342_HS1-416511228_319.1 Flying Discs 1949
Agency: Department of War
Incident date: 1/9/50
Page 134
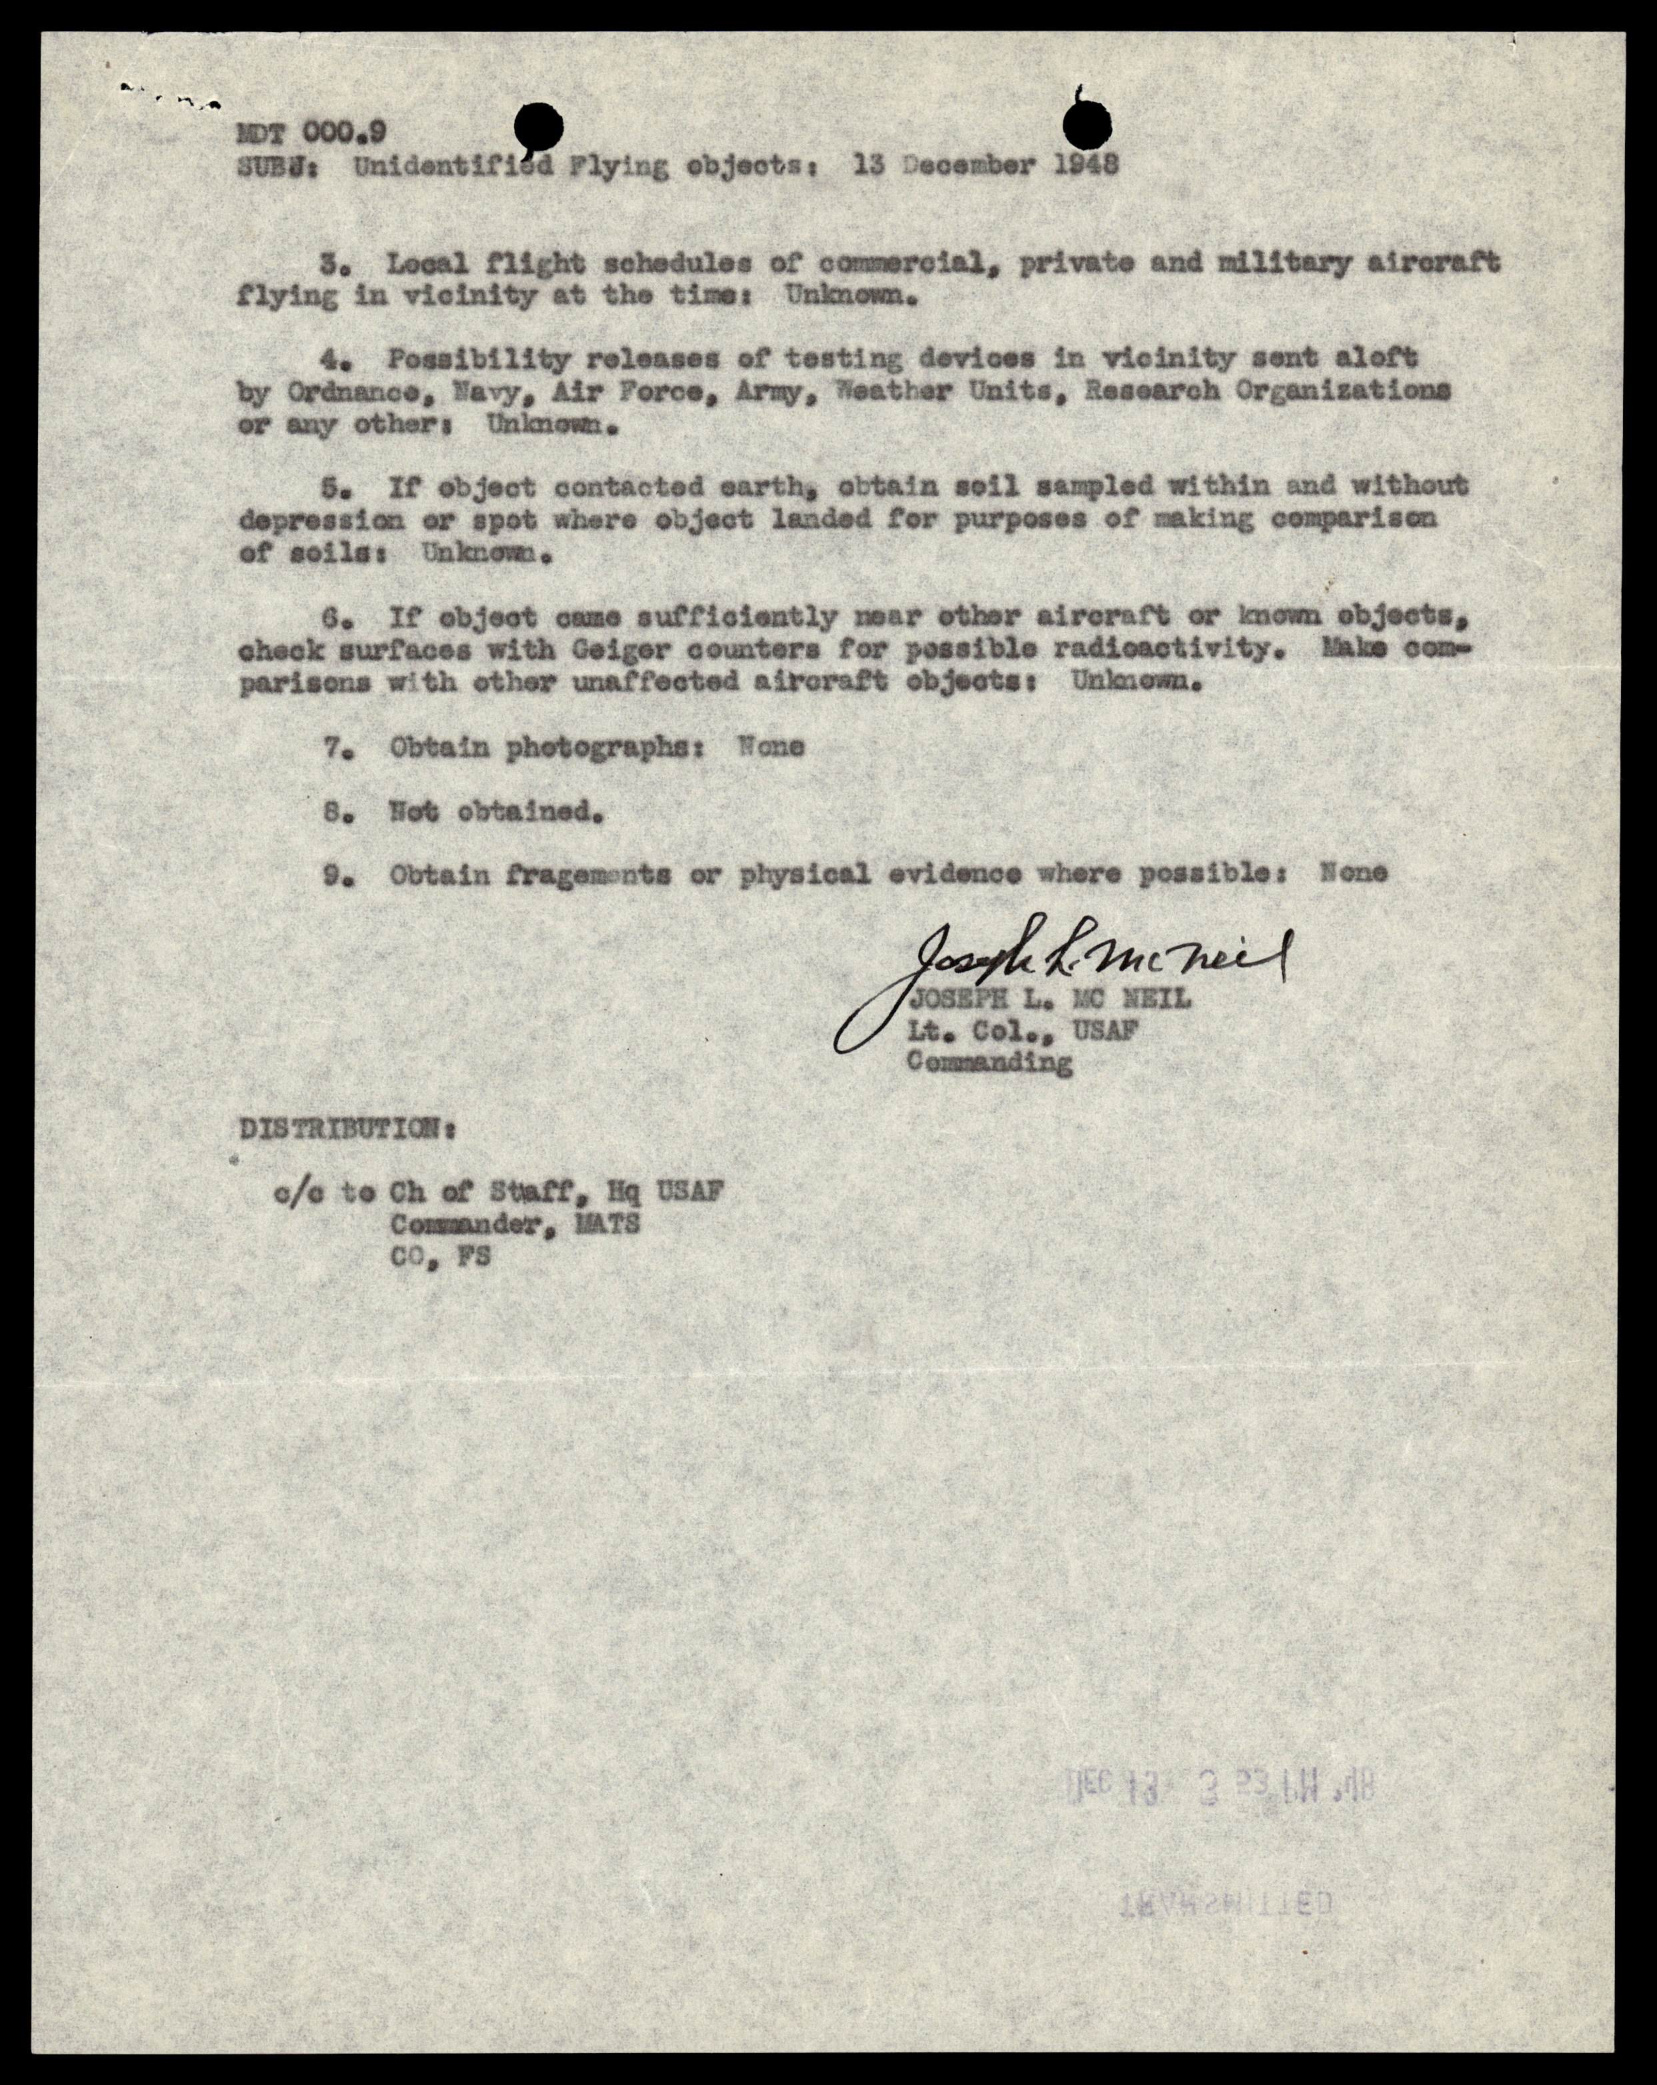